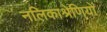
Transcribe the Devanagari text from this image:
नलिकाश्रेणियों